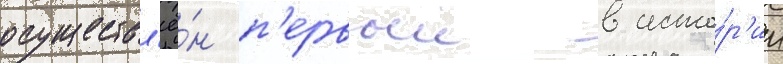
осуществл'ё́н п'ервыи в исто́р'ии